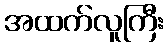
အထက်လူကြီး